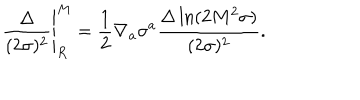
\left. \frac { \Delta } { ( 2 \sigma ) ^ { 2 } } \right| _ { R } ^ { M } = \frac { 1 } { 2 } \nabla _ { a } \sigma ^ { a } \frac { \Delta \ln ( 2 M ^ { 2 } \sigma ) } { ( 2 \sigma ) ^ { 2 } } .